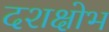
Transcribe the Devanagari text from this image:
दशक्षोभ